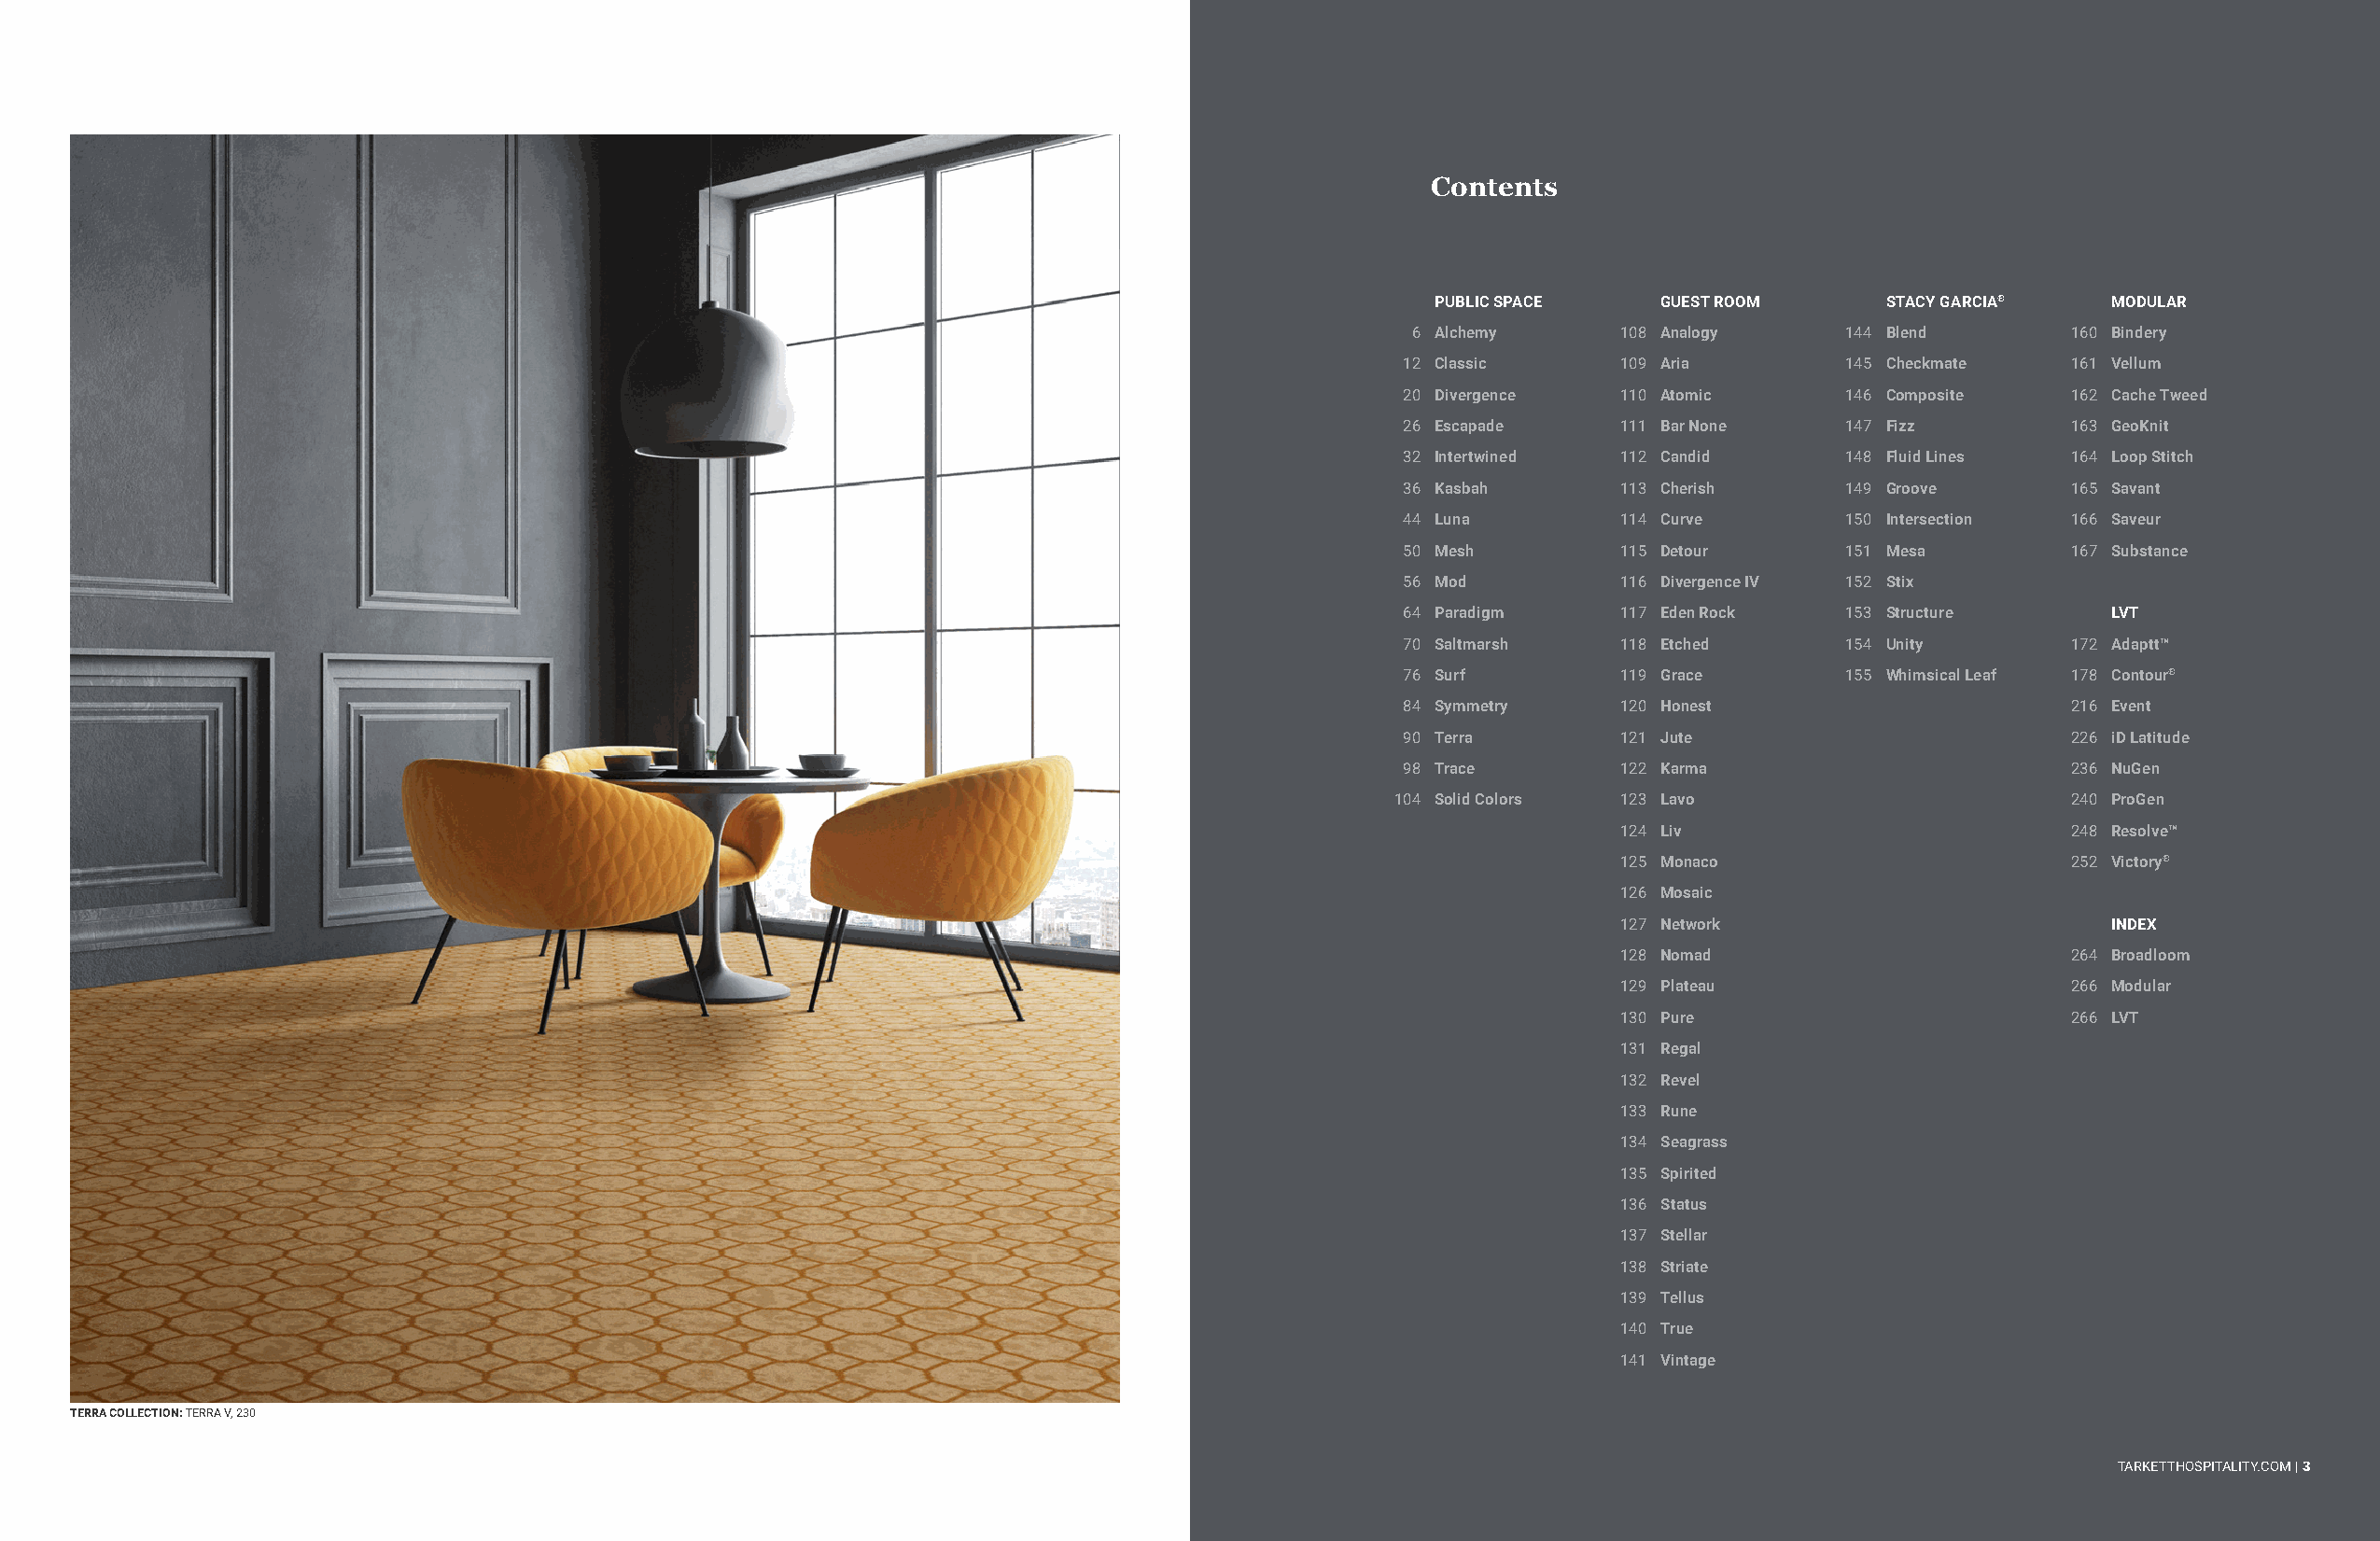
Contents
 PUBLIC SPACE    GUEST ROOM      STACY GARCIA®   MODULAR
 6 Alchemy      108 Analogy     144 Blend       160 Bindery
 12 Classic     109 Aria        145 Checkmate   161 Vellum
 20 Divergence  110 Atomic      146 Composite   162 Cache Tweed
 26 Escapade    111 Bar None    147 Fizz        163 GeoKnit
 32 Intertwined 112 Candid      148 Fluid Lines 164 Loop Stitch
 36 Kasbah      113 Cherish     149 Groove      165 Savant
 44 Luna        114 Curve       150 Intersection 166 Saveur
 50 Mesh        115 Detour      151 Mesa        167 Substance
 56 Mod         116 Divergence IV 152 Stix
 64 Paradigm    117 Eden Rock   153 Structure      LVT
 70 Saltmarsh   118 Etched      154 Unity       172 Adaptt™
 76 Surf        119 Grace       155 Whimsical Leaf 178 Contour®
 84 Symmetry    120 Honest                      216 Event
 90 Terra       121 Jute                        226 iD Latitude
 98 Trace       122 Karma                       236 NuGen
 104 Solid Colors 123 Lavo                       240 ProGen
 124 Liv                         248 Resolve™
 125 Monaco                      252 Victory®
 126 Mosaic
 127 Network                        INDEX
 128 Nomad                       264 Broadloom
 129 Plateau                     266 Modular
 130 Pure                        266 LVT
 131 Regal
 132 Revel
 133 Rune
 134 Seagrass
 135 Spirited
 136 Status
 137 Stellar
 138 Striate
 139 Tellus
 140 True
 141 Vintage
 TERRA COLLECTION: TERRA V, 230
 TARKETTHOSPITALITY.COM | 3